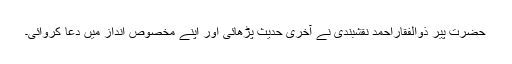
حضرت پیر ذوالفقاراحمد نقشبندی نے آخری حدیث پڑھائی اور اپنے مخصوص انداز میں دعا کروائی۔